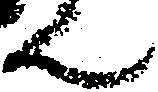
ん